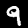
Digit: 9